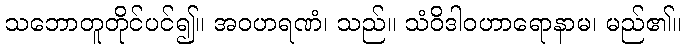
သဘောတူတိုင်ပင်၍။ အဝဟရဏံ၊ သည်။ သံဝိဒါဝဟာရောနာမ၊ မည်၏။